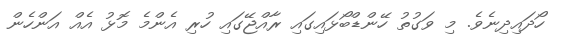
ހޯދައިދިނެވެ. މި ވަގުތު ހޭންޑްބޯޅައިގައި ރާއްޖޭގައި ހުރި އެންމެ މޮޅު އެއް އަންހެން